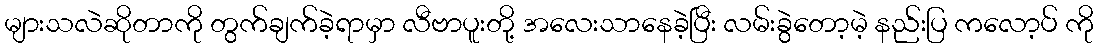
များသလဲဆိုတာကို တွက်ချက်ခဲ့ရာမှာ လီဗာပူးတို့ အလေးသာနေခဲ့ပြီး လမ်းခွဲတော့မဲ့ နည်းပြ ကလော့ပ် ကို